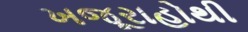
ખજૂરાહોથી